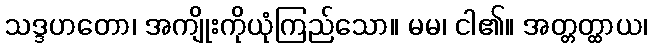
သဒ္ဒဟတော၊ အကျိုးကိုယုံကြည်သော။ မမ၊ ငါ၏။ အတ္တတ္ထာယ၊